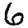
Digit: 6